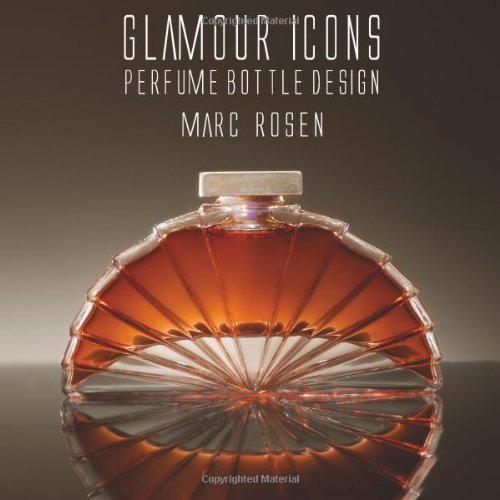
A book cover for Glamour Icons: Perfume Bottle Design by Marc Rosen; Marc Rosen; Crafts, Hobbies & Home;